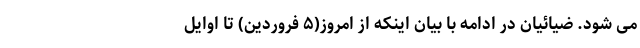
می شود. ضیائیان در ادامه با بیان اینکه از امروز(۵ فروردین) تا اوایل